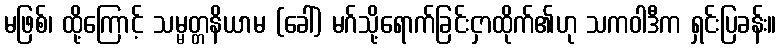
မဖြစ်၊ ထို့ကြောင့် သမ္မတ္တနိယာမ (ခေါ်) မဂ်သို့ရောက်ခြင်းငှာထိုက်၏ဟု သကဝါဒီက ရှင်းပြခန်း။